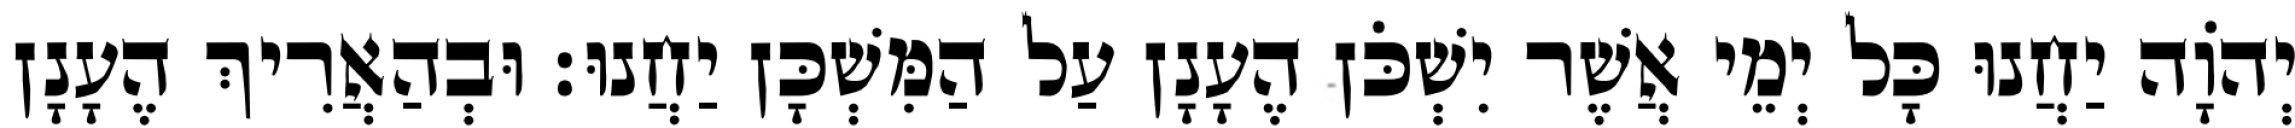
יְהוָֹה יַחֲנוּ כָּל יְמֵי אֲשֶׁר יִשְׁכֹּן הֶעָנָן עַל הַמִּשְׁכָּן יַחֲנוּ׃ וּבְהַאֲרִיךְ הֶעָנָן